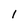
Character: 1